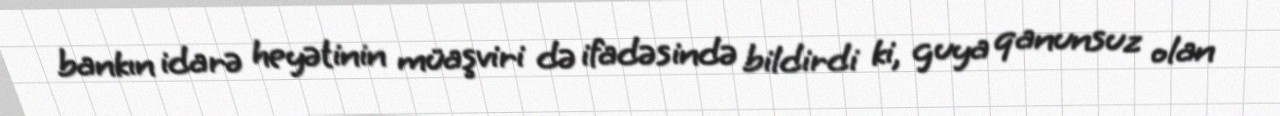
bankın idarə heyətinin müaşviri də ifadəsində bildirdi ki, guya qanunsuz olan